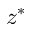
z ^ { \ast }